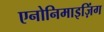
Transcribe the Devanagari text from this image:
एनोनिमाइज़िंग